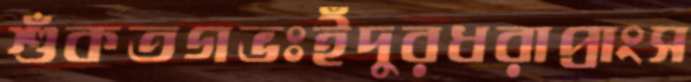
শুঁকতগভঃইঁদুরধরাপ্রাংস